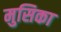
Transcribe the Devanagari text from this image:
मुसिका